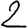
Digit: 2